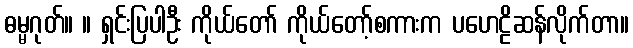
ဓမ္မဂုတ်။ ။ ရှင်းပြပါဦး ကိုယ်တော် ကိုယ်တော့်စကားက ပဟေဠိဆန်လိုက်တာ။